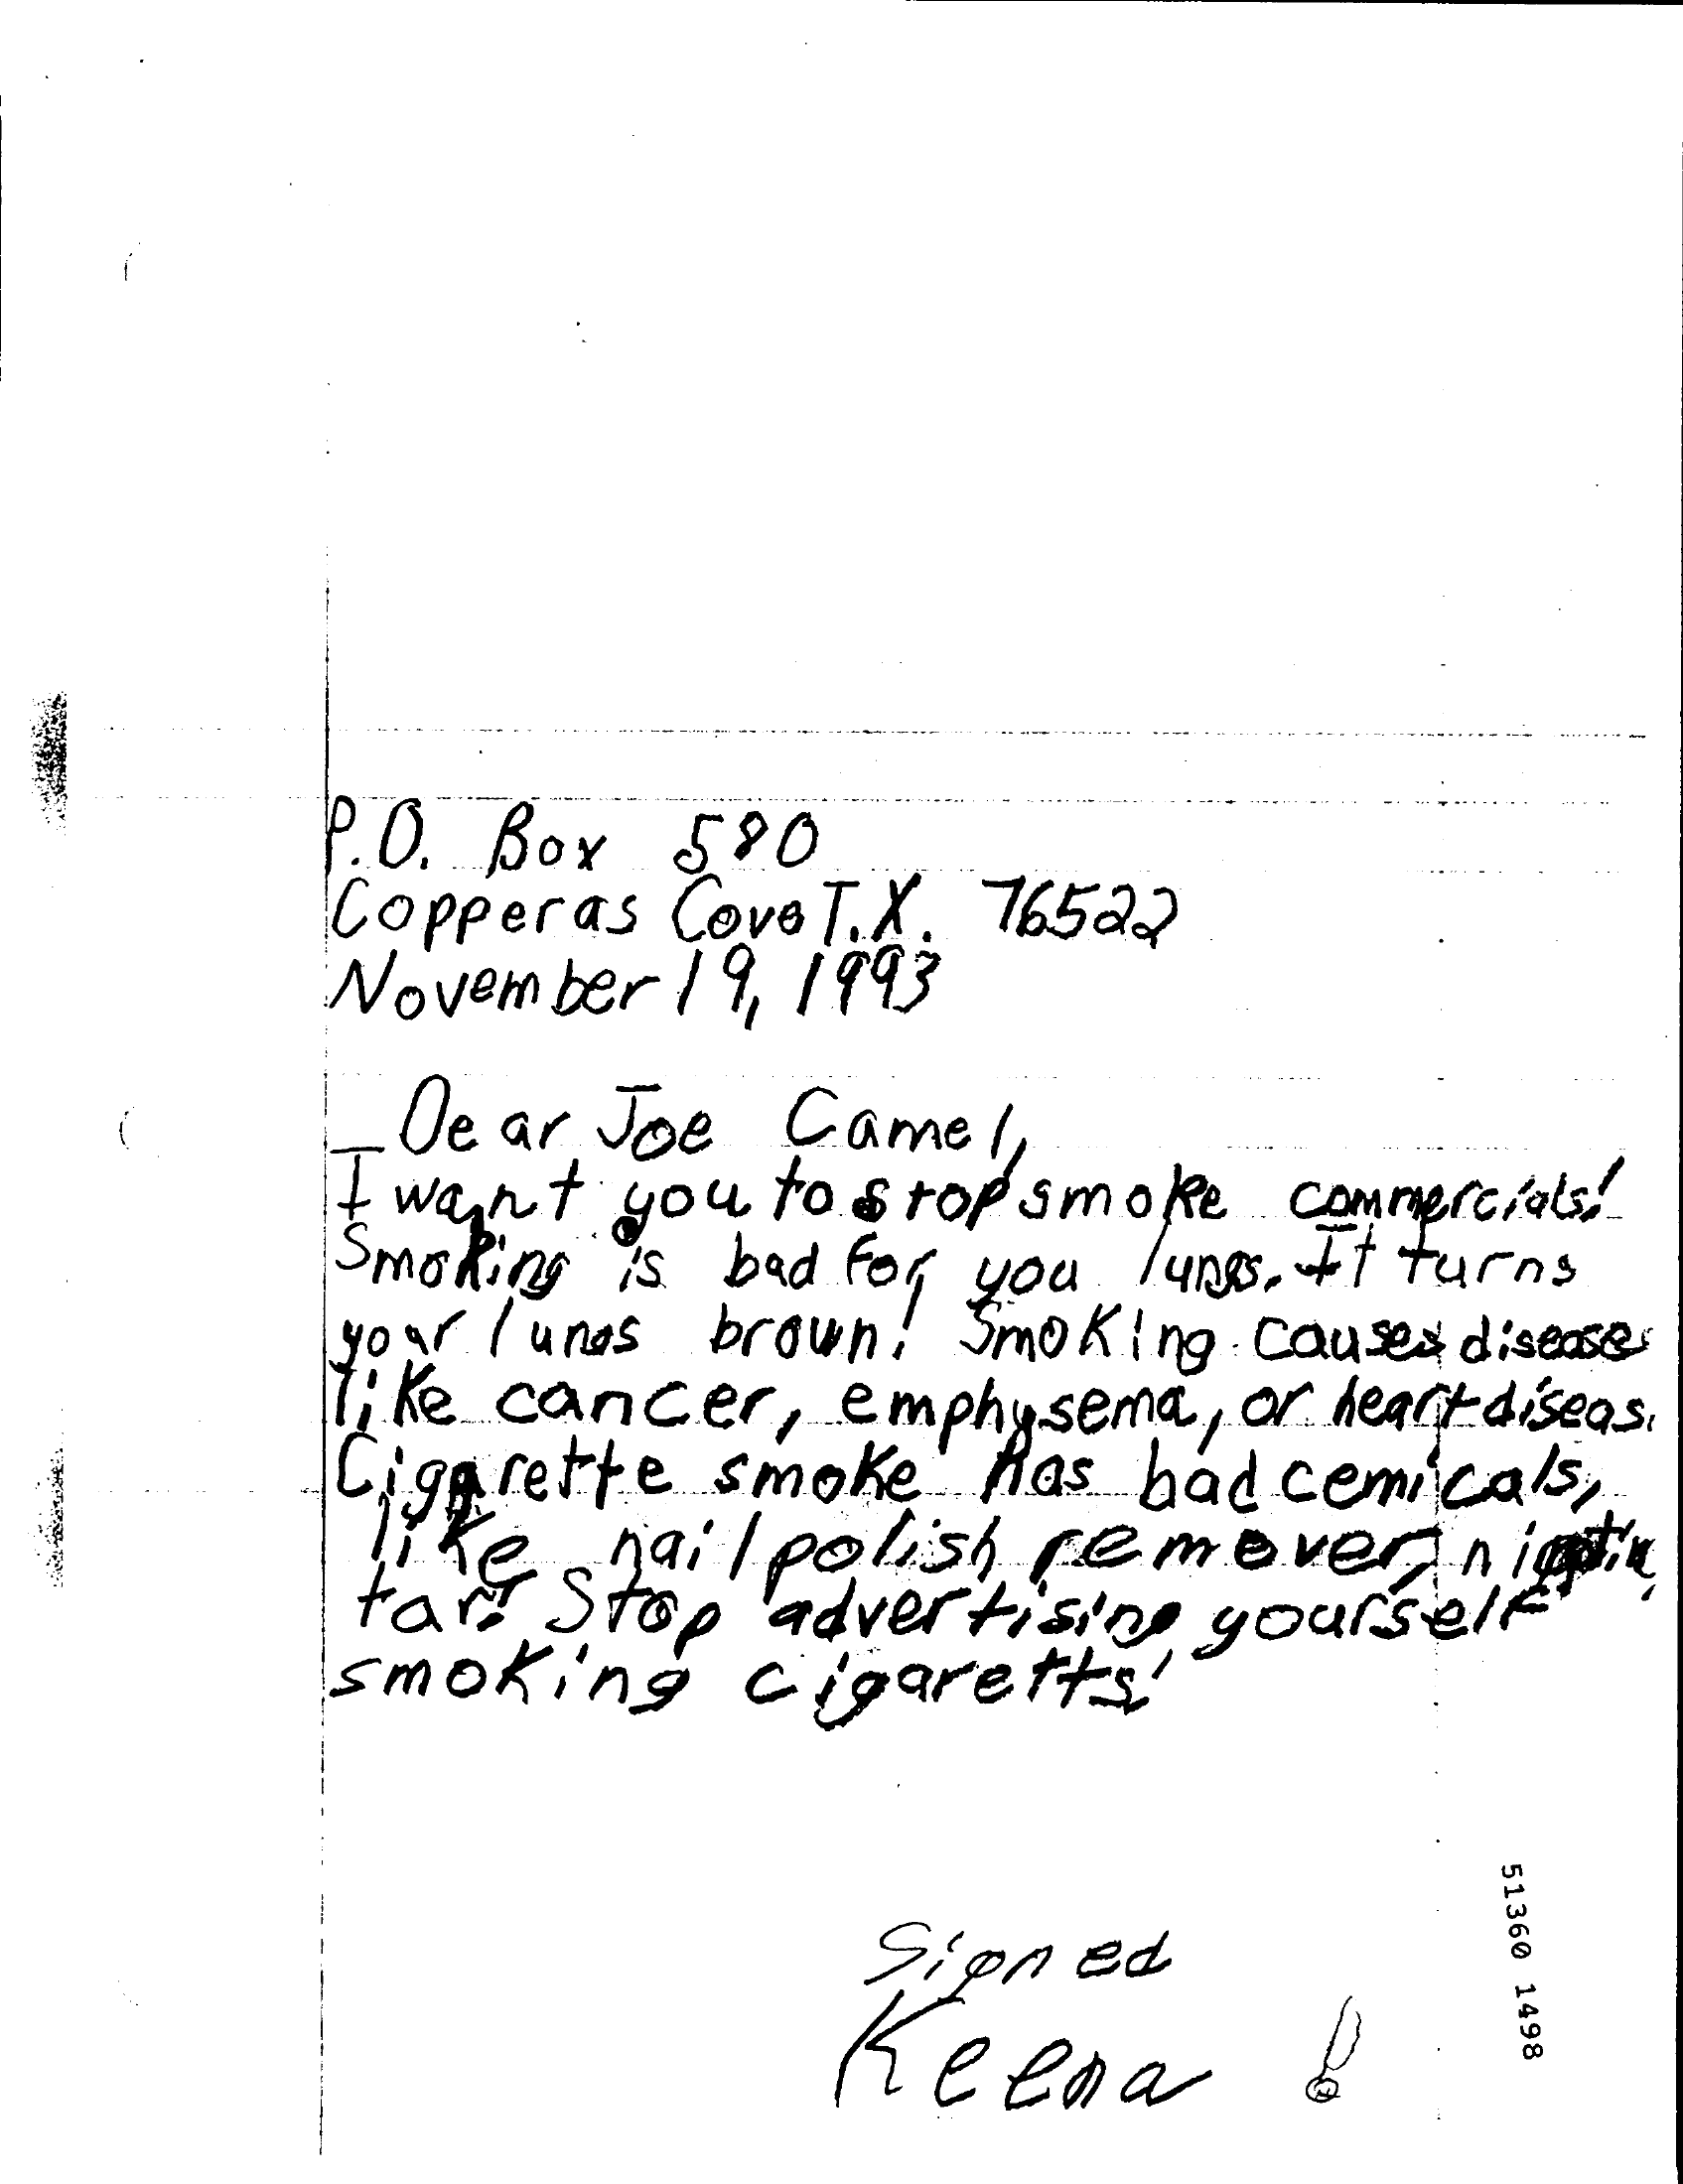
P.O. Box  590
     Copperas Cove T. X. 76522
     November 19, 1993
     De ar Joe Camel,
     It wasn't you to stop smoke commercials!
     Smoking is bad For you lunes. It turns
     your lungs brown ! Smoking. Causes diseases
     like cancer,   emphysema, or heart disease
     Cigarette smoke   Has had cemicals,
     'ke   nailpolish  remover    inte
     Fart Stop p advertising yourself"
     smoking    cigarettes!
     51360
     1498
     Sioned
     Geena